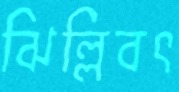
ঝিল্লিবৎ